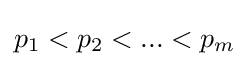
p_{1}<p_{2}<...<p_{m}